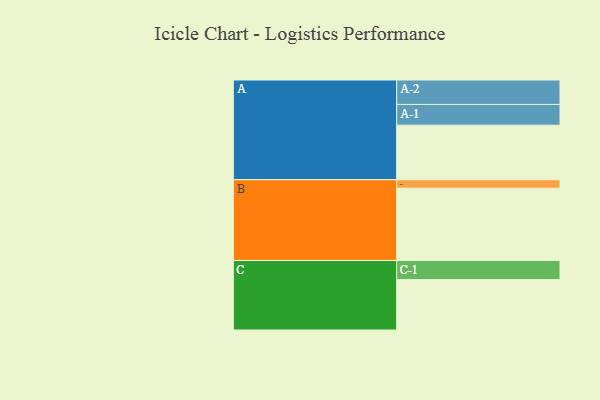
{"axis": {"x": "Segment", "y": "Value"}, "legend": ["", "A", "B", "C"], "data": [{"x": "A", "y": 417, "type": ""}, {"x": "B", "y": 553, "type": ""}, {"x": "C", "y": 386, "type": ""}, {"x": "A-1", "y": 159, "type": "A"}, {"x": "A-2", "y": 187, "type": "A"}, {"x": "B-1", "y": 65, "type": "B"}, {"x": "C-1", "y": 146, "type": "C"}]}